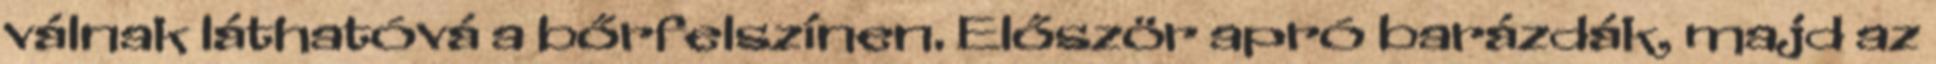
válnak láthatóvá a bőrfelszínen. Először apró barázdák, majd az